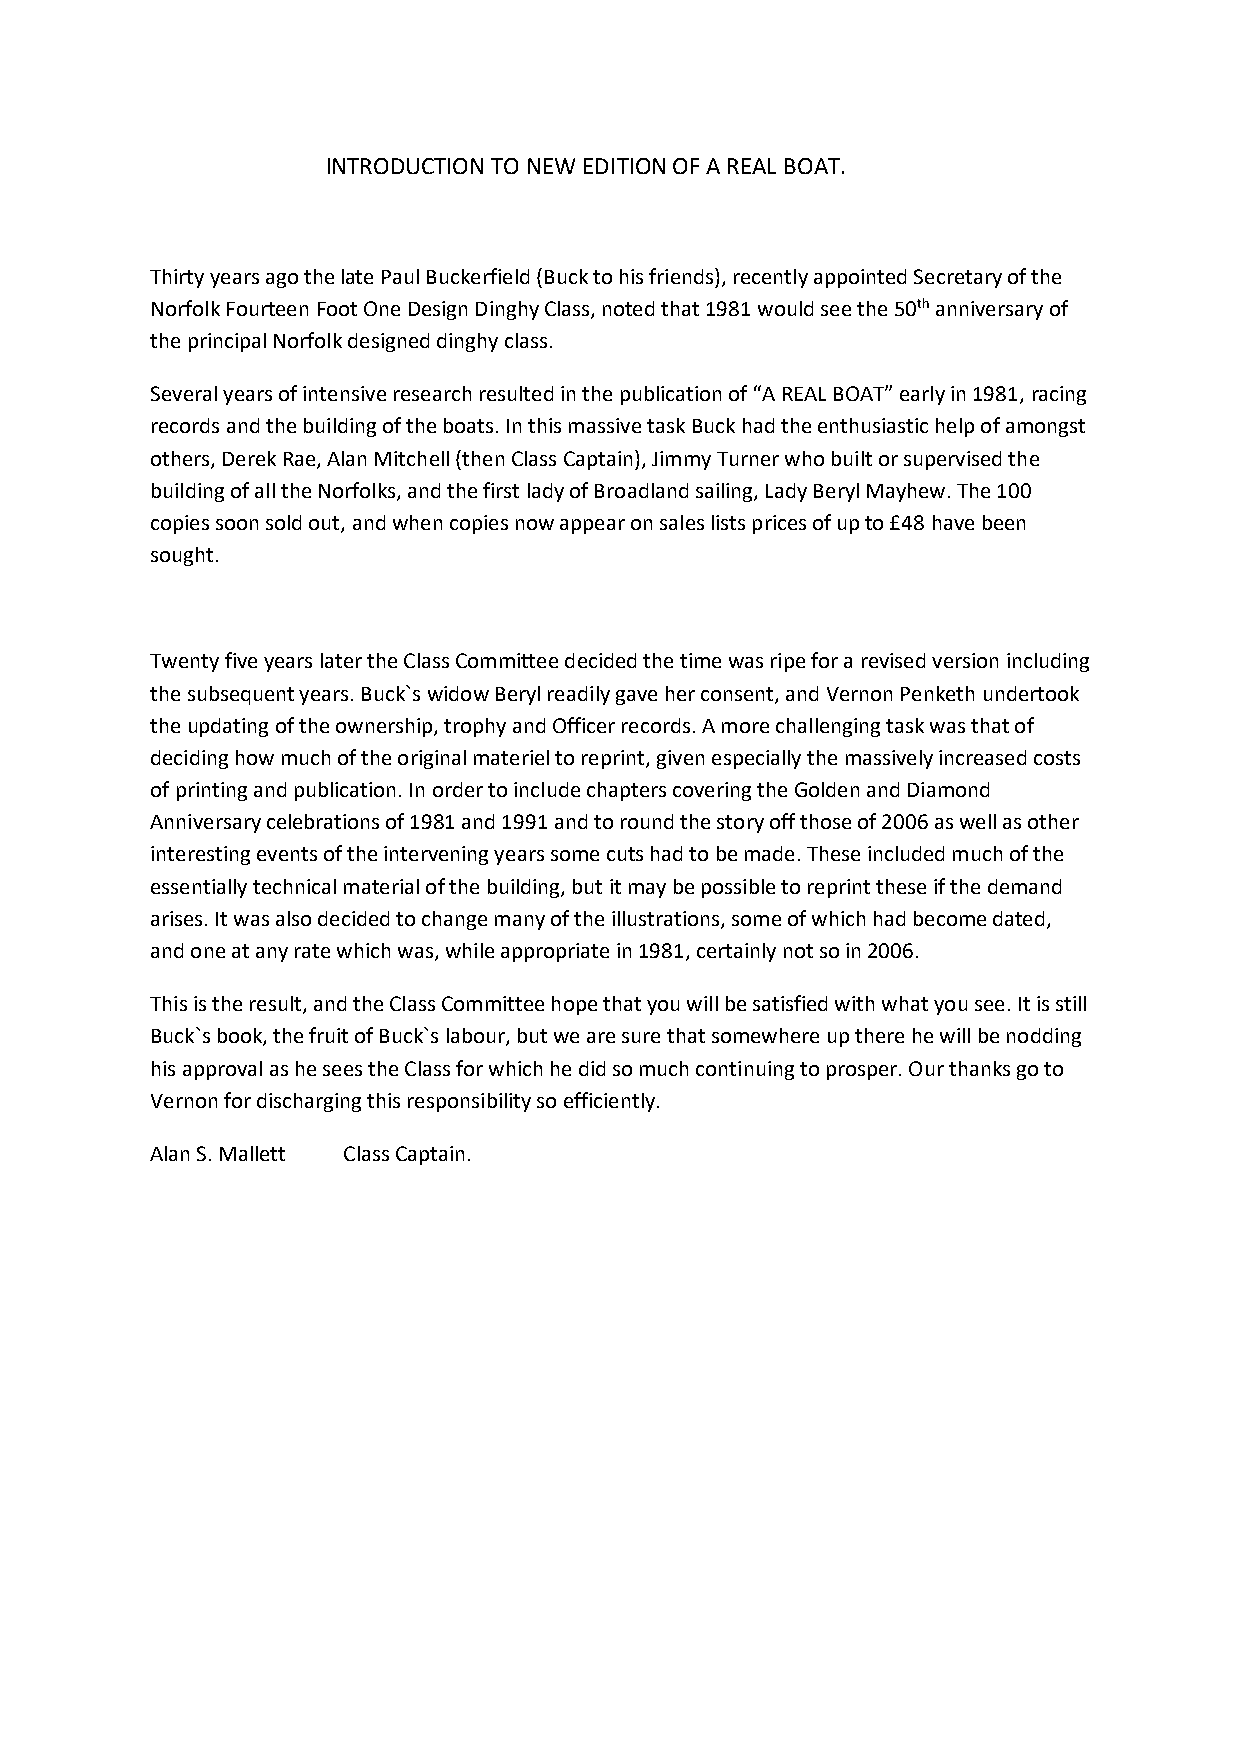
INTRODUCTION TO NEW EDITION OF A REAL BOAT.
 Thirty years ago the late Paul Buckerfield (Buck to his friends), recently appointed Secretary of the
 Norfolk Fourteen Foot One Design Dinghy Class, noted that 1981 would see the 50th anniversary of
 the principal Norfolk designed dinghy class.
 Several years of intensive research resulted in the publication of “A REAL BOAT” early in 1981, racing
 records and the building of the boats. In this massive task Buck had the enthusiastic help of amongst
 others, Derek Rae, Alan Mitchell (then Class Captain), Jimmy Turner who built or supervised the
 building of all the Norfolks, and the first lady of Broadland sailing, Lady Beryl Mayhew. The 100
 copies soon sold out, and when copies now appear on sales lists prices of up to £48 have been
 sought.
 Twenty five years later the Class Committee decided the time was ripe for a revised version including
 the subsequent years. Buck`s widow Beryl readily gave her consent, and Vernon Penketh undertook
 the updating of the ownership, trophy and Officer records. A more challenging task was that of
 deciding how much of the original materiel to reprint, given especially the massively increased costs
 of printing and publication. In order to include chapters covering the Golden and Diamond
 Anniversary celebrations of 1981 and 1991 and to round the story off those of 2006 as well as other
 interesting events of the intervening years some cuts had to be made. These included much of the
 essentially technical material of the building, but it may be possible to reprint these if the demand
 arises. It was also decided to change many of the illustrations, some of which had become dated,
 and one at any rate which was, while appropriate in 1981, certainly not so in 2006.
 This is the result, and the Class Committee hope that you will be satisfied with what you see. It is still
 Buck`s book, the fruit of Buck`s labour, but we are sure that somewhere up there he will be nodding
 his approval as he sees the Class for which he did so much continuing to prosper. Our thanks go to
 Vernon for discharging this responsibility so efficiently.
 Alan S. Mallett Class Captain.